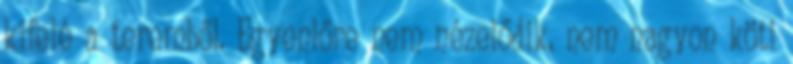
kifelé a teremből. Egyenlőre nem nézelődik, nem nagyon köti